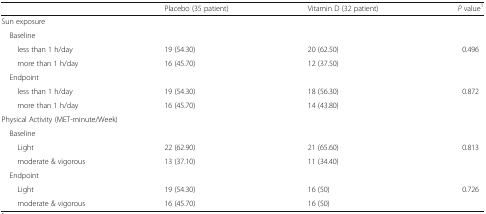
<table><thead><tr><td></td><td><b>Placebo (35 patient)</b></td><td><b>Vitamin D (32 patient)</b></td><td><b><i>P</i> value<sup>1</sup></b></td></tr></thead><tbody><tr><td colspan="4">Sun exposure</td></tr><tr><td colspan="4"> Baseline</td></tr><tr><td>less than 1 h/day</td><td>19 (54.30)</td><td>20 (62.50)</td><td rowspan="2">0.496</td></tr><tr><td>more than 1 h/day</td><td>16 (45.70)</td><td>12 (37.50)</td></tr><tr><td colspan="4"> Endpoint</td></tr><tr><td>less than 1 h/day</td><td>19 (54.30)</td><td>18 (56.30)</td><td rowspan="2">0.872</td></tr><tr><td>more than 1 h/day</td><td>16 (45.70)</td><td>14 (43.80)</td></tr><tr><td colspan="4">Physical Activity (MET-minute/Week)</td></tr><tr><td colspan="4"> Baseline</td></tr><tr><td>Light</td><td>22 (62.90)</td><td>21 (65.60)</td><td rowspan="2">0.813</td></tr><tr><td>moderate &amp; vigorous</td><td>13 (37.10)</td><td>11 (34.40)</td></tr><tr><td colspan="4"> Endpoint</td></tr><tr><td>Light</td><td>19 (54.30)</td><td>16 (50)</td><td rowspan="2">0.726</td></tr><tr><td>moderate &amp; vigorous</td><td>16 (45.70)</td><td>16 (50)</td></tr></tbody></table>